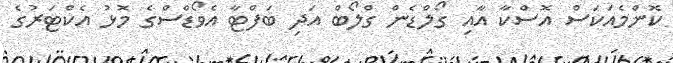
ކޮންމެއަކަސް އޮސްކާ އާއި ގޯލްޑެން ގްލޯބް އަދި ބަފްޓާ އެވޯޑްސްގެ މޮޅު އެކްޓަރުގެ